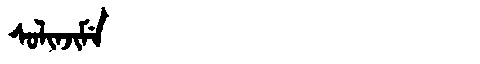
Manchu: ᠰᠣᠯᡳᠨᠵᡳᠮᡝ
Romanization: SOLINJIME